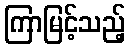
ကြာမြင့်သည့်